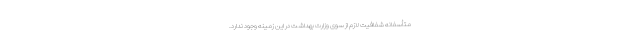
متأسفانه شفافیت لازم از سوی وزارت بهداشت در این زمینه وجود ندارد.